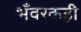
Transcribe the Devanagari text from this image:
भँवरकड़ी